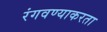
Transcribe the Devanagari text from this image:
रंगवण्याकरता